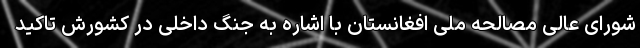
شورای عالی مصالحه ملی افغانستان با اشاره به جنگ داخلی در کشورش تاکید